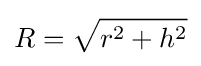
R={\sqrt {r^{2}+h^{2}}}